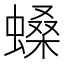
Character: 𧏠